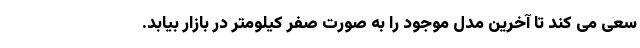
سعی می کند تا آخرین مدل موجود را به صورت صفر کیلومتر در بازار بیابد.